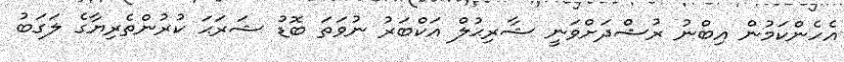
އެހެންކަމުން އިބްނު ރުޝްދަށްވަނީ ޝާރިޙުލް އަކްބަރު ނުވަތަ ބޮޑު ޝަރަޙަ ކުރުންތެރިޔާގެ ލަގަބު